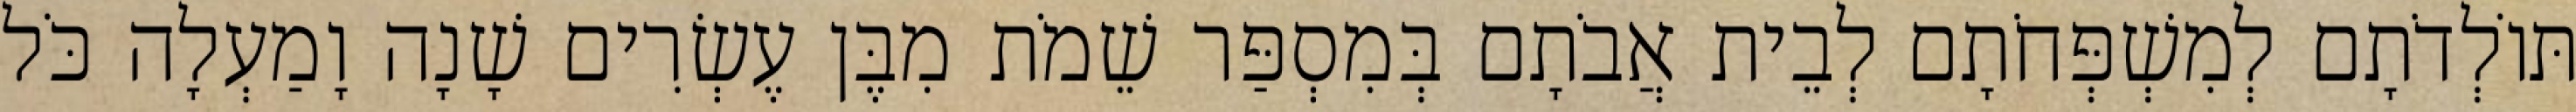
תּוֹלְדֹתָם לְמִשְׁפְּחֹתָם לְבֵית אֲבֹתָם בְּמִסְפַּר שֵׁמֹת מִבֶּן עֶשְׂרִים שָׁנָה וָמַעְלָה כֹּל